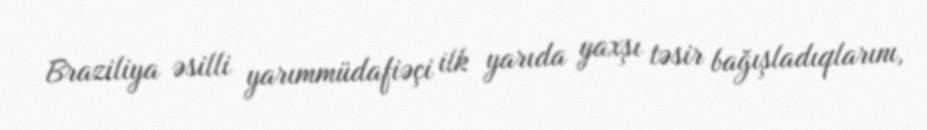
Braziliya əsilli yarımmüdafiəçi ilk yarıda yaxşı təsir bağışladıqlarını,